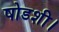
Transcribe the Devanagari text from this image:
षोडशी।